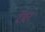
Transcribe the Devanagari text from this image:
रेमर